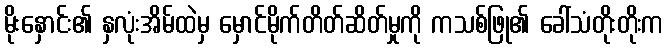
မိုးနှောင်း၏ နှလုံးအိမ်ထဲမှ မှောင်မိုက်တိတ်ဆိတ်မှုကို ကသစ်ဖြု၏ ခေါ်သံတိုးတိုးက